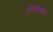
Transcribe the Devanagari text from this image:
नैनवाकस